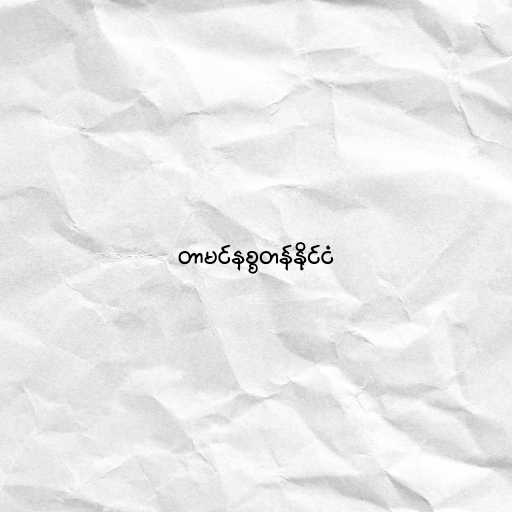
တာမင်နစ္စတန်နိုင်ငံ